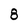
Character: 8